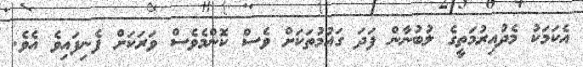
އެކަމަކު މެދުއިރުމަތީގެ ލުބުނާން ފަދަ ގައުމުތަކަށް ވެސް ކޮންމެވެސް ވަރަކަށް ފެނިފައިވެ އެވެ.